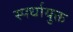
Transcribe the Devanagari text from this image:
स्पर्धायुक्त